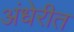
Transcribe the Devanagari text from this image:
अंधेरीत